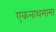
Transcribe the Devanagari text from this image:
एकनाथमामा